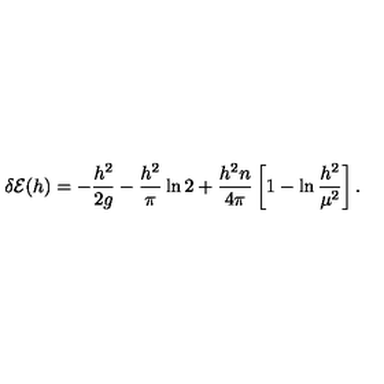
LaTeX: \delta { \cal E } ( h ) = - { \frac { h ^ { 2 } } { 2 g } } - { \frac { h ^ { 2 } } { \pi } } \ln 2 + { \frac { h ^ { 2 } n } { 4 \pi } } \left[ 1 - \ln { \frac { h ^ { 2 } } { \mu ^ { 2 } } } \right] .